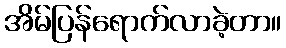
အိမ်ပြန်ရောက်လာခဲ့တာ။